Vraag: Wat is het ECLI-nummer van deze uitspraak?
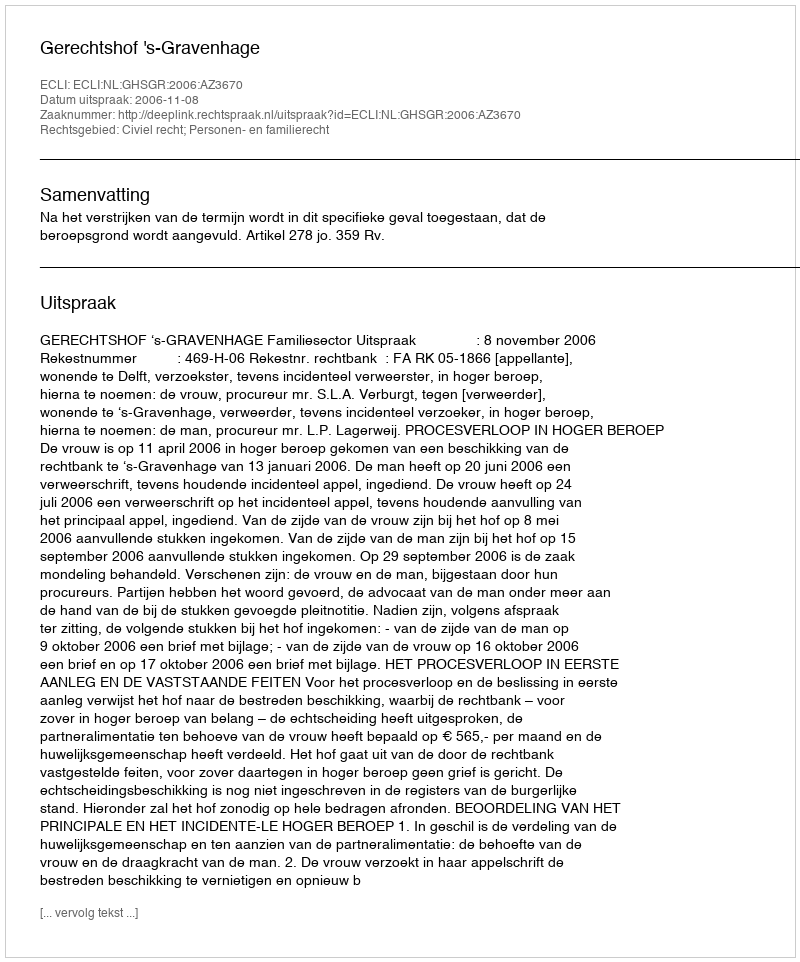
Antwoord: ECLI:NL:GHSGR:2006:AZ3670